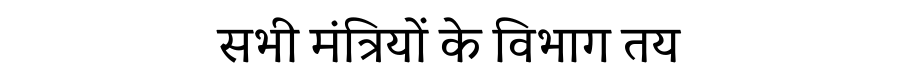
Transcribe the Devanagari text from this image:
सभी मंत्रियों के विभाग तय